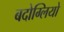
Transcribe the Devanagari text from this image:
बदोग्लियो